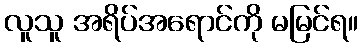
လူသူ အရိပ်အရောင်ကို မမြင်ရ။